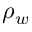
\rho _ { w }